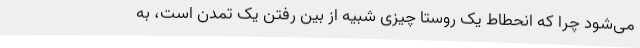
می‌شود چرا که انحطاط یک روستا چیزی شبیه از بین رفتن یک تمدن است، به